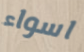
اسواء